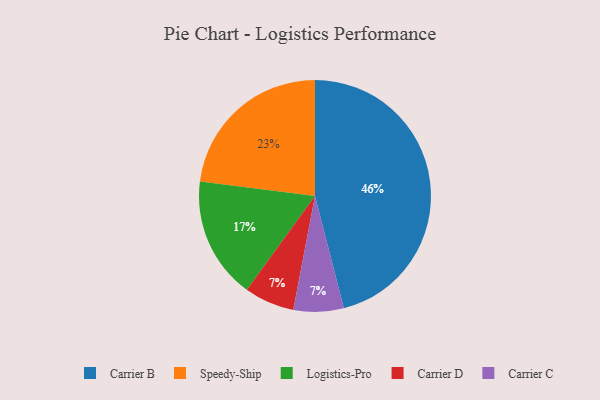
{"axis": {"x": "Category", "y": "Percentage"}, "legend": ["Carrier B", "Carrier C", "Carrier D", "Logistics-Pro", "Speedy-Ship"], "data": [{"x": "Carrier D", "y": 7, "type": "Carrier D"}, {"x": "Speedy-Ship", "y": 23, "type": "Speedy-Ship"}, {"x": "Carrier B", "y": 46, "type": "Carrier B"}, {"x": "Carrier C", "y": 7, "type": "Carrier C"}, {"x": "Logistics-Pro", "y": 17, "type": "Logistics-Pro"}]}